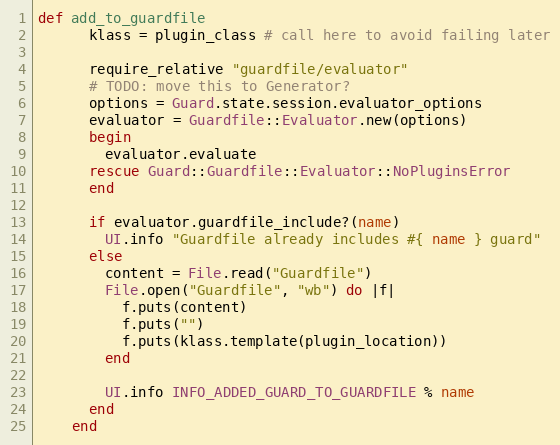
Language: Ruby
def add_to_guardfile
      klass = plugin_class # call here to avoid failing later

      require_relative "guardfile/evaluator"
      # TODO: move this to Generator?
      options = Guard.state.session.evaluator_options
      evaluator = Guardfile::Evaluator.new(options)
      begin
        evaluator.evaluate
      rescue Guard::Guardfile::Evaluator::NoPluginsError
      end

      if evaluator.guardfile_include?(name)
        UI.info "Guardfile already includes #{ name } guard"
      else
        content = File.read("Guardfile")
        File.open("Guardfile", "wb") do |f|
          f.puts(content)
          f.puts("")
          f.puts(klass.template(plugin_location))
        end

        UI.info INFO_ADDED_GUARD_TO_GUARDFILE % name
      end
    end